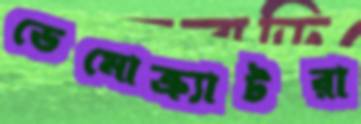
ডেমোক্র্যাটরা